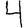
Digit: 4